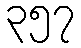
၃၅၇